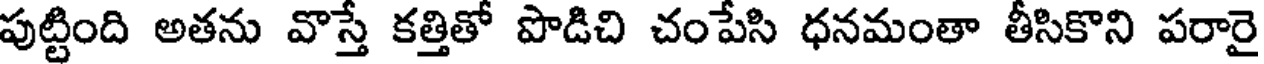
పుట్టింది అతను వొస్తే కత్తితో పొడిచి చంపేసి ధనమంతా తీసికొని పరారై